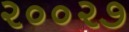
૨૦૦૨૭